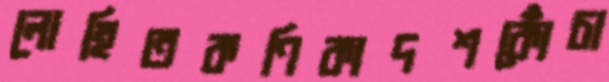
লোহিতকণিকাদশকোঁচা